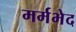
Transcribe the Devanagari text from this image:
मर्मभेद